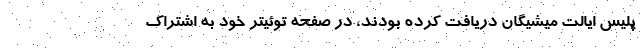
پلیس ایالت میشیگان دریافت کرده بودند، در صفحه توئیتر خود به اشتراک